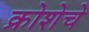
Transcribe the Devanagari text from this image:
क्रोशेचे